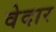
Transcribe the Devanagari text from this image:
वेदार